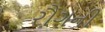
રૌગની